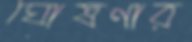
ঘোষণার